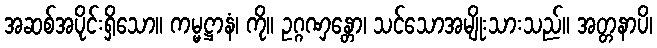
အဆစ်အပိုင်းရှိသော။ ကမ္မဋ္ဌာနံ၊ ကို။ ဥဂ္ဂဏှန္တော၊ သင်သောအမျိုးသားသည်။ အတ္တနာပိ၊